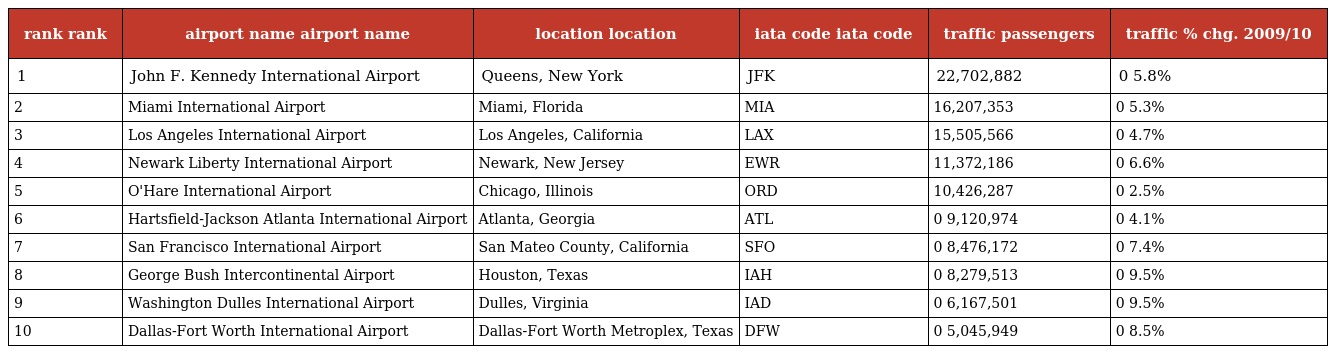
| rank rank | airport name airport name | location location | iata code iata code | traffic passengers | traffic % chg. 2009/10 |
 | --- | --- | --- | --- | --- | --- |
 | 1 | John F. Kennedy International Airport | Queens, New York | JFK | 22,702,882 | 0 5.8% |
 | 2 | Miami International Airport | Miami, Florida | MIA | 16,207,353 | 0 5.3% |
 | 3 | Los Angeles International Airport | Los Angeles, California | LAX | 15,505,566 | 0 4.7% |
 | 4 | Newark Liberty International Airport | Newark, New Jersey | EWR | 11,372,186 | 0 6.6% |
 | 5 | O'Hare International Airport | Chicago, Illinois | ORD | 10,426,287 | 0 2.5% |
 | 6 | Hartsfield-Jackson Atlanta International Airport | Atlanta, Georgia | ATL | 0 9,120,974 | 0 4.1% |
 | 7 | San Francisco International Airport | San Mateo County, California | SFO | 0 8,476,172 | 0 7.4% |
 | 8 | George Bush Intercontinental Airport | Houston, Texas | IAH | 0 8,279,513 | 0 9.5% |
 | 9 | Washington Dulles International Airport | Dulles, Virginia | IAD | 0 6,167,501 | 0 9.5% |
 | 10 | Dallas-Fort Worth International Airport | Dallas-Fort Worth Metroplex, Texas | DFW | 0 5,045,949 | 0 8.5% |